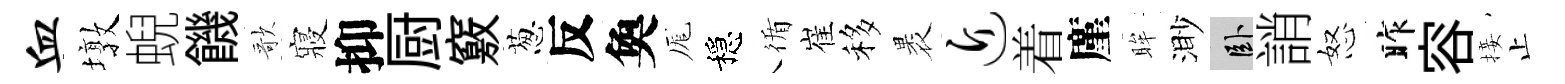
血墩蜺饑歌寢抑厨竅葱反奐厖穩循崔移褁近着廑眸渺卧誚怒昨容接止